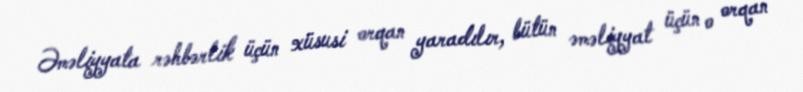
Əməliyyata rəhbərlik üçün xüsusi orqan yaradılır, bütün əməliyyat üçün o orqan